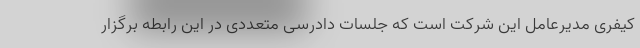
کیفری مدیرعامل این شرکت است که جلسات دادرسی متعددی در این رابطه برگزار